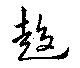
趍